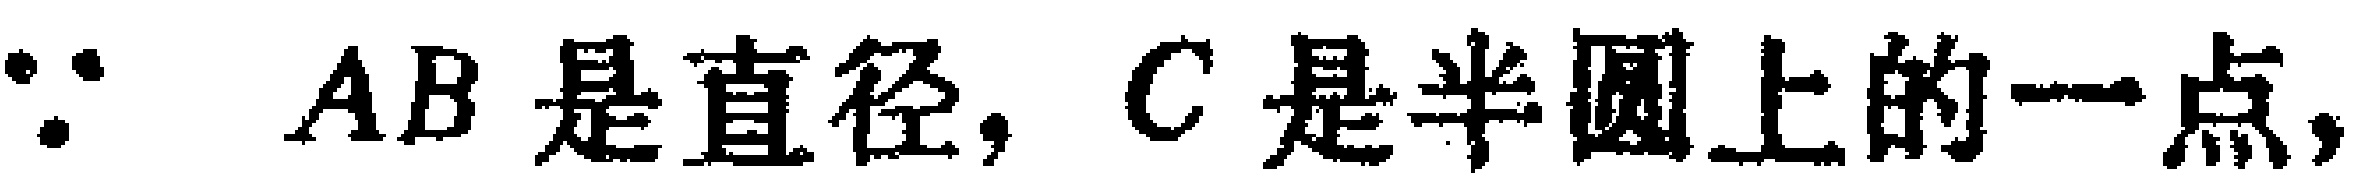
$\because AB\text{ 是直径, }C\text{ 是半圆上的一点,}$